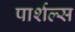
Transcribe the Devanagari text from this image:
पार्शल्स